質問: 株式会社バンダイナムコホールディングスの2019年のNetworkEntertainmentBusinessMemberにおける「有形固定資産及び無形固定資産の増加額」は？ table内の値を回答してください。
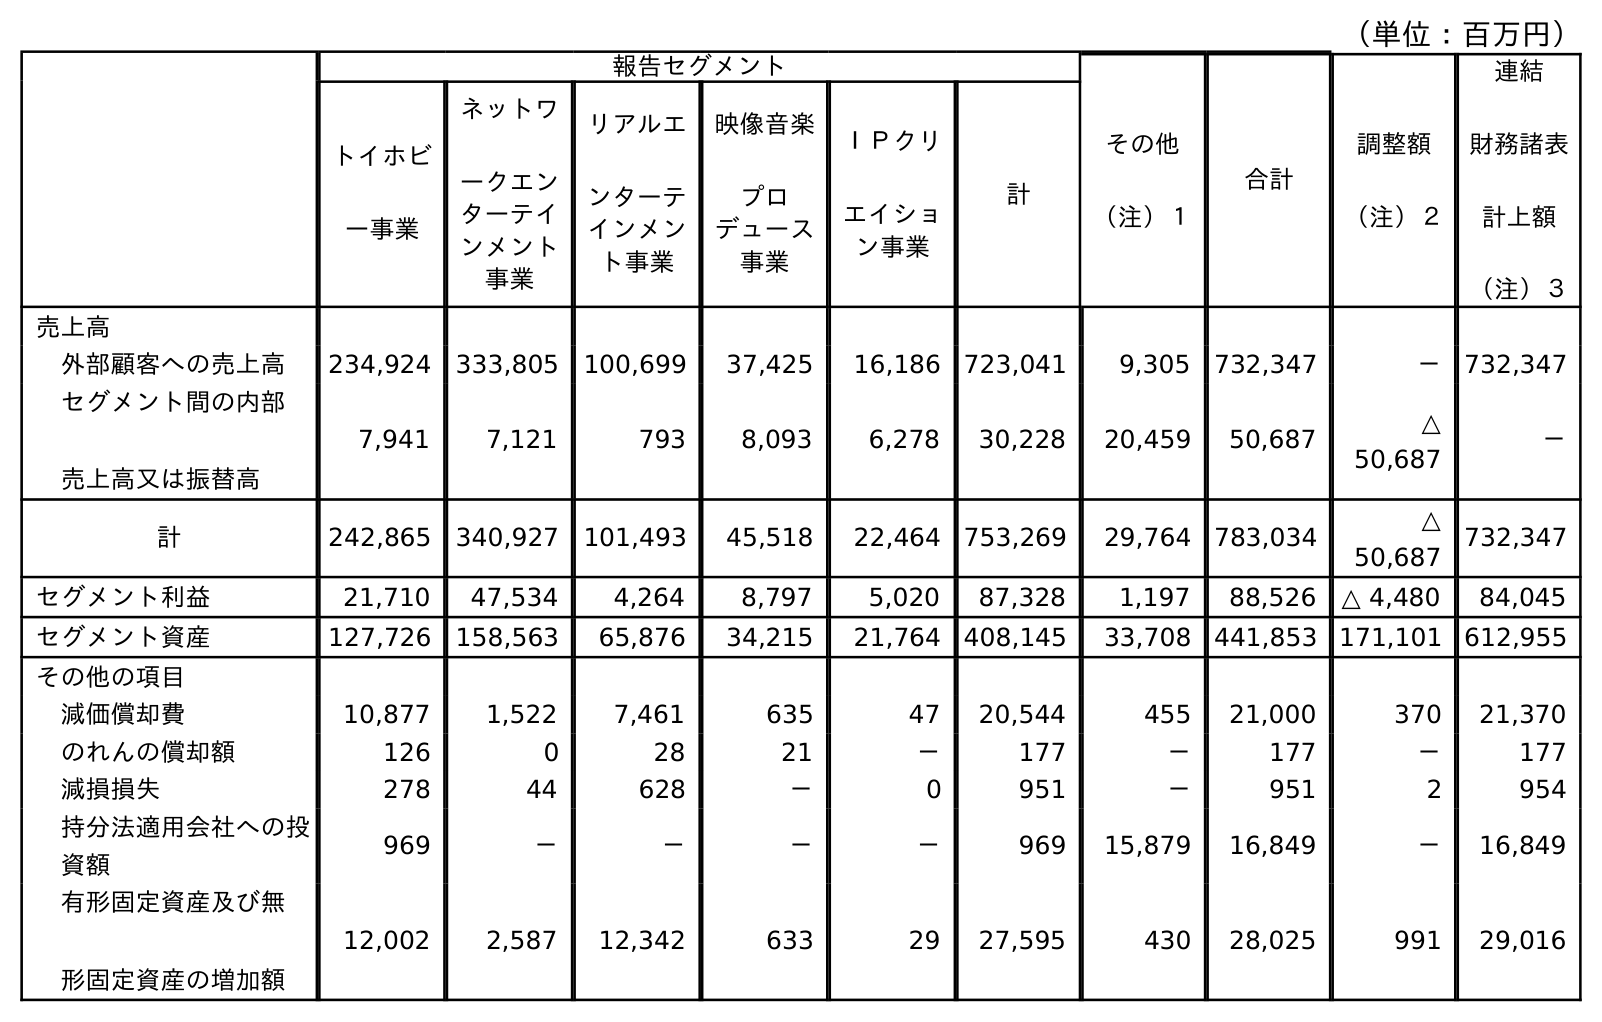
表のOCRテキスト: （単位：百万円） 報告セグメント その他 （注）１ 合計 調整額 （注）２ 連結 財務諸表 計上額 （注）３ トイホビ ー事業 ネットワ ークエン ターテイ ンメント 事業 リアルエ ンターテ インメン ト事業 映像音楽 プロ デュース 事業 ＩＰクリ エイショ ン事業 計 売上高 外部顧客への売上高 234,924 333,805 100,699 37,425 16,186 723,041 9,305 732,347 － 732,347 セグメント間の内部 売上高又は振替高 7,941 7,121 793 8,093 6,278 30,228 20,459 50,687 △ 50,687 － 計 242,865 340,927 101,493 45,518 22,464 753,269 29,764 783,034 △ 50,687 732,347 セグメント利益 21,710 47,534 4,264 8,797 5,020 87,328 1,197 88,526 △ 4,480 84,045 セグメント資産 127,726 158,563 65,876 34,215 21,764 408,145 33,708 441,853 171,101 612,955 その他の項目 減価償却費 10,877 1,522 7,461 635 47 20,544 455 21,000 370 21,370 のれんの償却額 126 0 28 21 － 177 － 177 － 177 減損損失 278 44 628 － 0 951 － 951 2 954 持分法適用会社への投 資額 969 － － － － 969 15,879 16,849 － 16,849 有形固定資産及び無 形固定資産の増加額 12,002 2,587 12,342 633 29 27,595 430 28,025 991 29,016
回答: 2,587